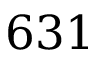
6 3 1